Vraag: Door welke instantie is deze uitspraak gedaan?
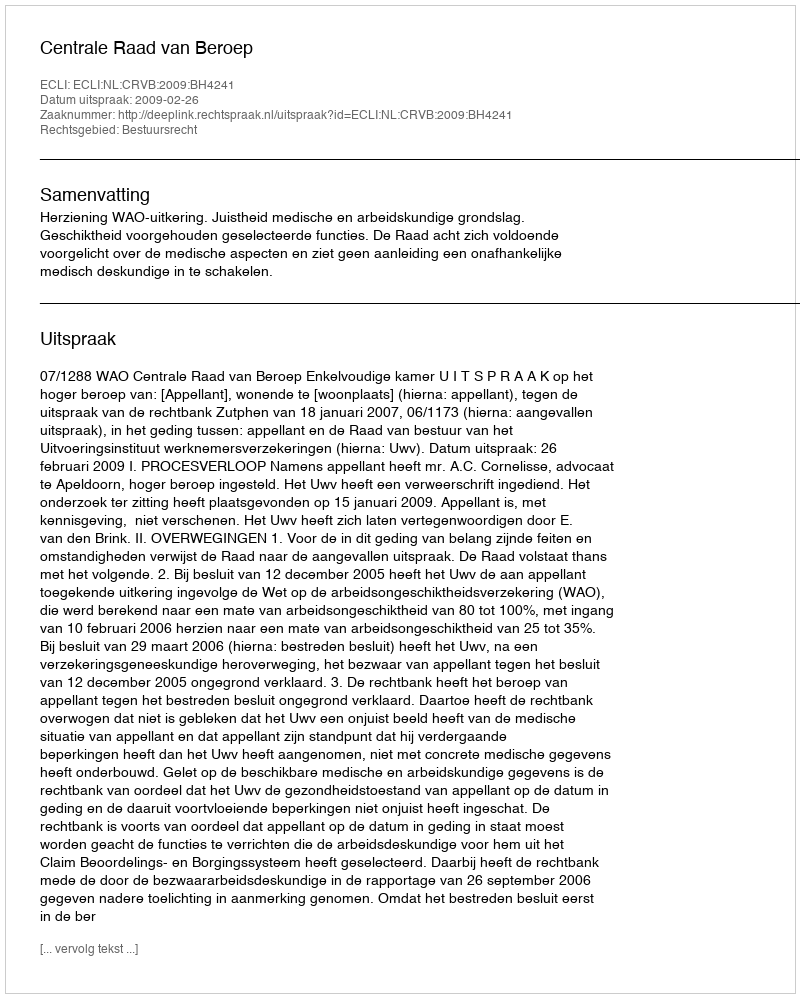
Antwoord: Centrale Raad van Beroep